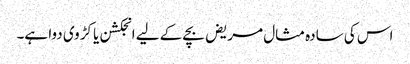
اس کی سادہ مثال مریض بچے کے لیے انجکشن یا کڑوی دوا ہے۔